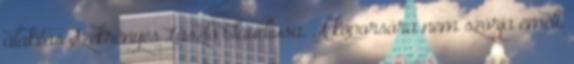
alakítás Szekrényes László Claudiusa. A koporsóra nem szórja emeli.